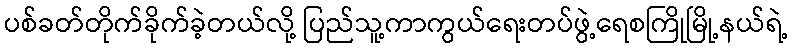
ပစ်ခတ်တိုက်ခိုက်ခဲ့တယ်လို့ ပြည်သူ့ကာကွယ်ရေးတပ်ဖွဲ့ရေစကြိုမြို့နယ်ရဲ့